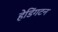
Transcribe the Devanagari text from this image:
हेडिंगटन